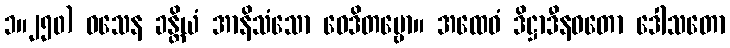
၁။၂၅၀) ဝသေန ခန္တိယံ အာနိသံသော ဝေဒိတဗ္ဗော။ အထေဝံ ဒိဋ္ဌာဒီနဝတော ဒေါသတော